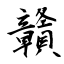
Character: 贛